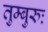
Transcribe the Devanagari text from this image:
तुम्बुरुः